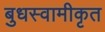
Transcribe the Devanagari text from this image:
बुधस्वामीकृत